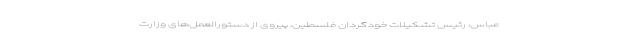
عباس، رئیس تشکیلات خودگردان فلسطین، پیروی از دستورالعمل‌های وزارت